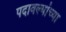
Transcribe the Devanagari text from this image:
पदावल्यांच्या